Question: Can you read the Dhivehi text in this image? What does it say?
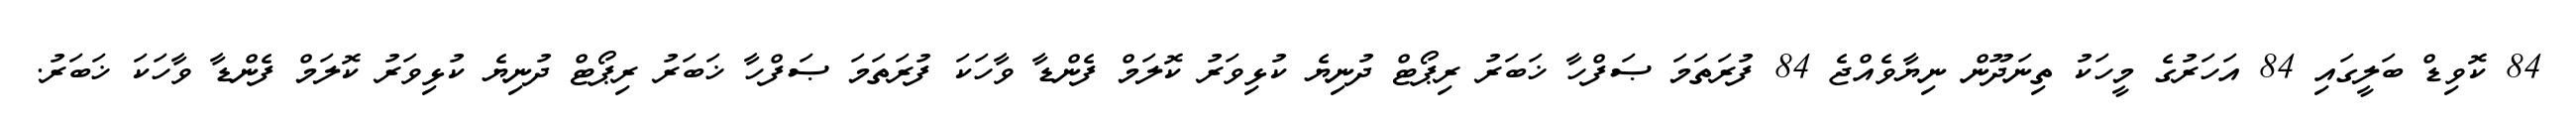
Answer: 84 ކޮވިޑް ބަލީގައި 84 އަހަރުގެ މީހަކު ތިނަދޫން ނިޔާވެއްޖެ 84 ފުރަތަމަ ޞަފްހާ ޚަބަރު ރިޕޯޓް ދުނިޔެ ކުޅިވަރު ކޮލަމް ފެންޑާ ވާހަކަ ފުރަތަމަ ޞަފްހާ ޚަބަރު ރިޕޯޓް ދުނިޔެ ކުޅިވަރު ކޮލަމް ފެންޑާ ވާހަކަ ޚަބަރު.